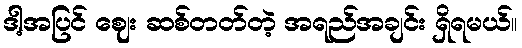
ဒါ့အပြင် ဈေး ဆစ်တတ်တဲ့ အရည်အချင်း ရှိရမယ်။